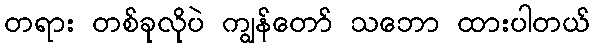
တရား တစ်ခုလိုပဲ ကျွန်တော် သဘော ထားပါတယ်